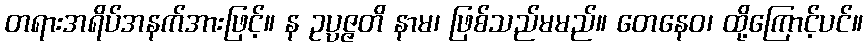
တရားအရိပ်အနက်အားဖြင့်။ န ဥပ္ပဇ္ဇတိ နာမ၊ ဖြစ်သည်မမည်။ တေနေဝ၊ ထို့ကြောင့်ပင်။